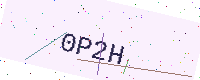
Text: 0P2H